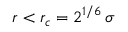
r < r _ { c } = 2 ^ { 1 / 6 } \, \sigma